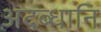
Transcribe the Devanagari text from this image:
अदब्धानि